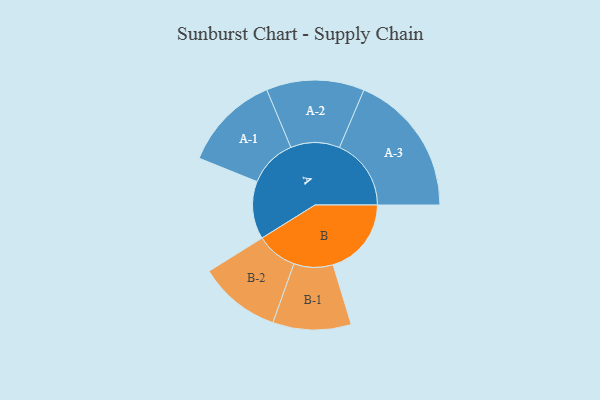
{"axis": {"x": "Segment", "y": "Value"}, "legend": ["", "A", "B"], "data": [{"x": "A", "y": 211, "type": ""}, {"x": "B", "y": 286, "type": ""}, {"x": "A-1", "y": 177, "type": "A"}, {"x": "A-2", "y": 179, "type": "A"}, {"x": "A-3", "y": 262, "type": "A"}, {"x": "B-1", "y": 143, "type": "B"}, {"x": "B-2", "y": 150, "type": "B"}]}